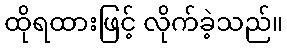
ထိုရထားဖြင့် လိုက်ခဲ့သည်။